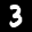
Label: 3